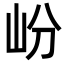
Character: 岎